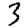
Digit: 3